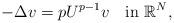
LaTeX: \begin{align*}-\Delta v=pU^{p-1}v\quad\hbox{in}\ \mathbb{R}^N,\end{align*}